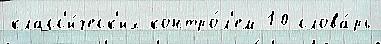
класс'и́ческ'их контро́л'ем 10 слова́рь